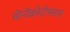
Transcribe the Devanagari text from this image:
मोनोक्रोटोफास